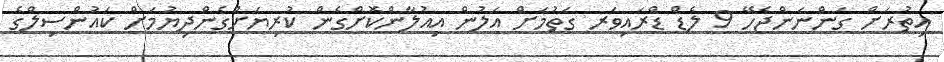
އިތުރަށް ގަންނަންޖެހޭ 9 ލެޑް ޑްރައިވަރ ގަތުމަށް އަލުން އިއުލާންކޮށްގެން ކުރިޔަށްގެންދިޔުމަށް ކައުންސިލްގެ